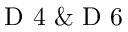
\mathrm { ~ D ~ 4 ~ } \& \mathrm { ~ D ~ 6 ~ }